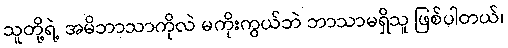
သူတို့ရဲ့ အမိဘာသာကိုလဲ မကိုးကွယ်ဘဲ ဘာသာမရှိသူ ဖြစ်ပါတယ်၊